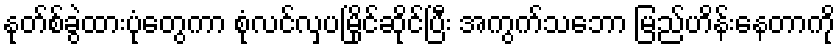
နုတ်စ်ခွဲထားပုံတွေကာ စုံလင်လှပမြိုင်ဆိုင်ပြီး အကွက်သဘော မြည်ဟိန်းနေတာကို